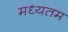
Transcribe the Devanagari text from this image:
मध्यतम